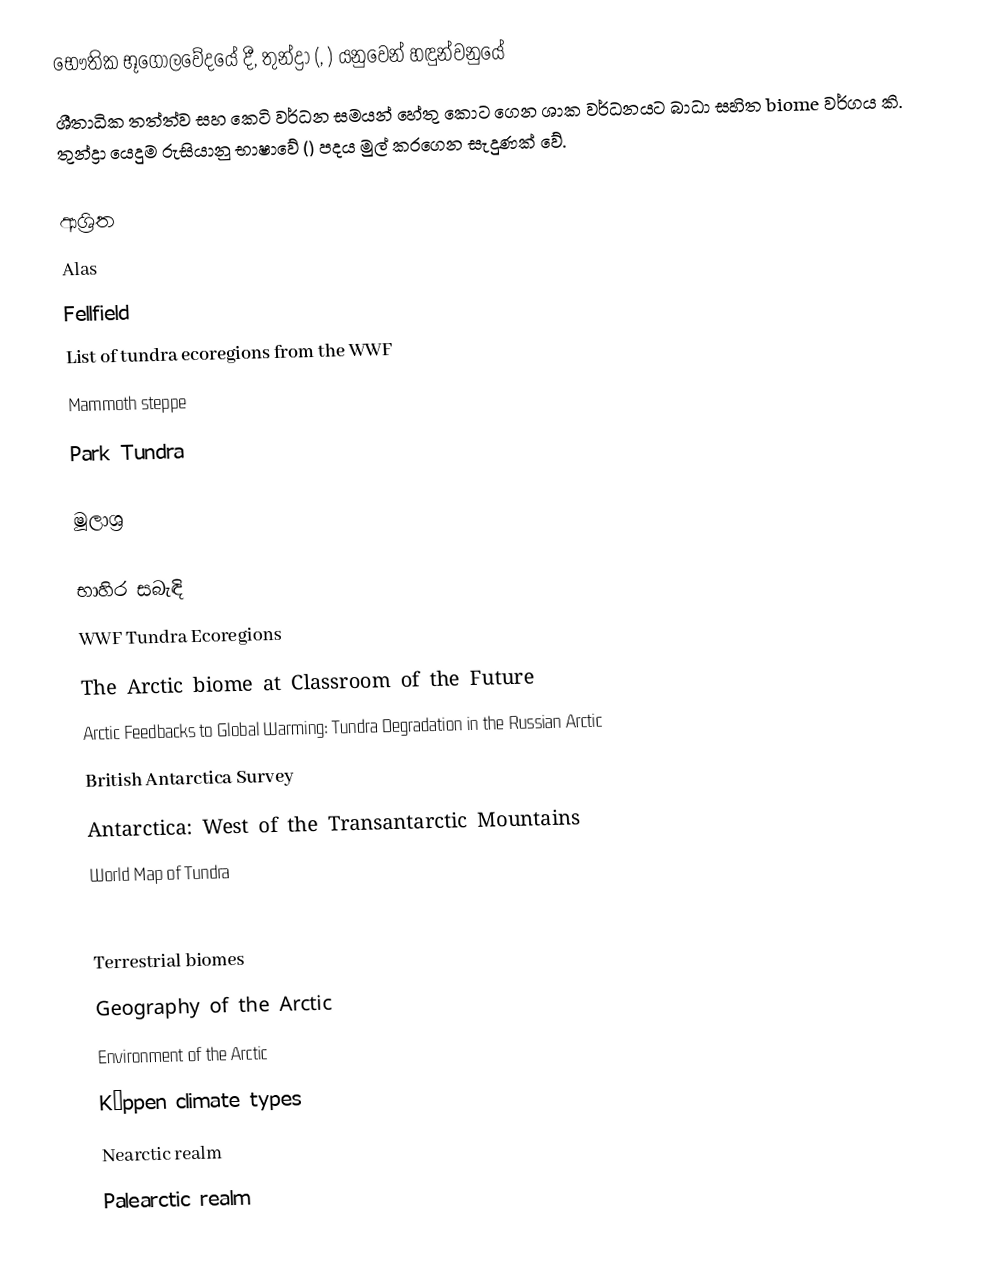
භෞතික භූගෝලවේදයේ දී, තුන්ද්‍රා (, ) යනුවෙන් හඳුන්වනුයේ
ශීතාධික තත්ත්ව සහ කෙටි වර්ධන සමයන් හේතු කොට ගෙන ශාක වර්ධනයට බාධා සහිත biome වර්ගය කි. තුන්ද්‍රා යෙදුම රුසියානු භාෂාවේ  () පදය මුල් කරගෙන සැදුණක් වේ.

ආශ්‍රිත
 Alas
 Fellfield
 List of tundra ecoregions from the WWF
 Mammoth steppe
 Park Tundra

මූලාශ්‍ර

භාහිර සබැඳි
WWF Tundra Ecoregions
The Arctic biome at Classroom of the Future
Arctic Feedbacks to Global Warming: Tundra Degradation in the Russian Arctic
British Antarctica Survey
Antarctica: West of the Transantarctic Mountains
World Map of Tundra

Terrestrial biomes
Geography of the Arctic
Environment of the Arctic
Köppen climate types
Nearctic realm
Palearctic realm